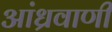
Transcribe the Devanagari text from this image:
आंध्रवाणी